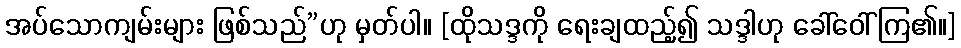
အပ်သောကျမ်းများ ဖြစ်သည်”ဟု မှတ်ပါ။ [ထိုသဒ္ဒကို ရေးချထည့်၍ သဒ္ဒါဟု ခေါ်ဝေါ်ကြ၏။]